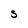
Character: s